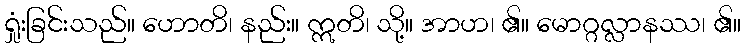
ရှုံးခြင်းသည်။ ဟောတိ၊ နည်း။ ဣတိ၊ သို့။ အာဟ၊ ၏။ မောဂ္ဂလ္လာနဿ၊ ၏။